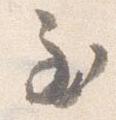
至